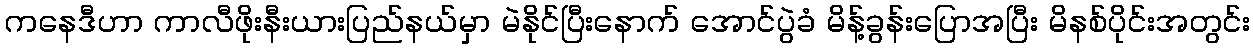
ကနေဒီဟာ ကာလီဖိုးနီးယားပြည်နယ်မှာ မဲနိုင်ပြီးနောက် အောင်ပွဲခံ မိန့်ခွန်းပြောအပြီး မိနစ်ပိုင်းအတွင်း